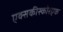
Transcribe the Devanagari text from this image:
एक्सकीस्कोरएक